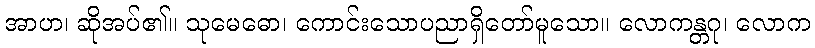
အာဟ၊ ဆိုအပ်၏။ သုမေဓော၊ ကောင်းသောပညာရှိတော်မူသော။ လောကန္တဂု၊ လောက